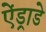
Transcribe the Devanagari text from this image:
ऐंड्राडे